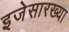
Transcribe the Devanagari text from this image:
इजेसारख्या